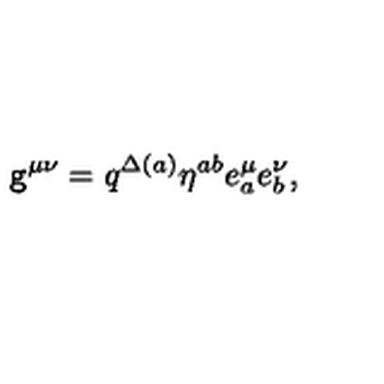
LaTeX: { \tt g } ^ { \mu \nu } = q ^ { \Delta ( a ) } \eta ^ { a b } e _ { a } ^ { \mu } e _ { b } ^ { \nu } ,